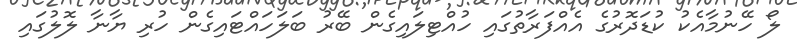
ލޯ ހޭނުމާއެކު ކުޑަދޮރުގެ އެއްފަރާތުގައި ހުއްޓިލައިގެން ބޭރު ބަލަހައްޓައިގެން ހުރި ޔާނާ ލޮލުގައި